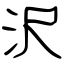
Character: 沢